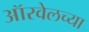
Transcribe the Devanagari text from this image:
ऑरवेलच्या